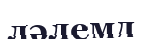
ләлемд